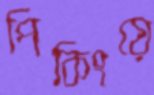
পিকিংয়ে